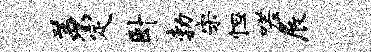
羡定卧勃宋怛嗟展